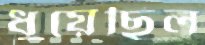
ধুয়েছিল